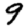
Digit: 9